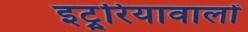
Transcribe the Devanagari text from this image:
इट्रूरियावालों